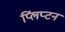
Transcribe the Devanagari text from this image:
प्लिंप्टन